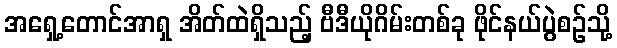
အရှေ့တောင်အာရှ အိတ်ထဲရှိသည့် ဗီဒီယိုဂိမ်းတစ်ခု ဖိုင်နယ်ပွဲစဉ်သို့